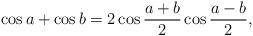
LaTeX: \begin{align*}\cos a+\cos b=2\cos \frac{a+b}{2} \cos \frac{a-b}{2}, \end{align*}